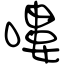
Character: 嘍